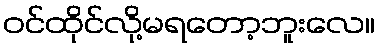
ဝင်ထိုင်လို့မရတော့ဘူးလေ။